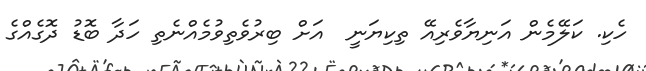
ހެކި. ކަލޭމެން އަނިޔާވެރިއޭ ތިކިޔަނީ  އަށް ބިރުވެތިވުމެއްނެތި ހަދާ ބޮޑު ދޮގެއްގެ